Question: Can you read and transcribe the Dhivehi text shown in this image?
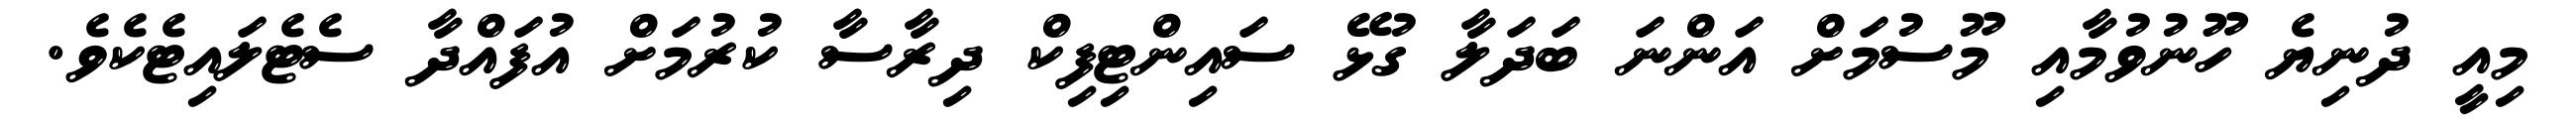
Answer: މިއީ ދުނިޔެ ހޫނުވުމާއި މޫސުމަށް އަންނަ ބަދަލާ ގުޅޭ ސައިންޓިފިކް ދިރާސާ ކުރުމަށް އުފައްދާ ސެޓެލައިޓެކެވެ.